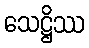
သေဋ္ဌိဿ